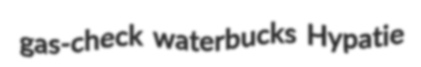
gas-check waterbucks Hypatie